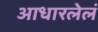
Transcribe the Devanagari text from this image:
आधारलेलं